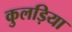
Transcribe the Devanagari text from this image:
कुलड़िया